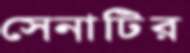
সেনাটির